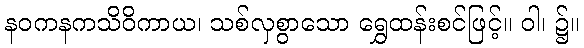
နဝကနကသိဝိကာယ၊ သစ်လှစွာသော ရွှေထန်းစင်ဖြင့်။ ဝါ၊ ၌။